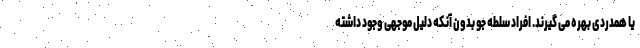
یا همدردی بهره می گیرند. افراد سلطه جو بدون آنکه دلیل موجهی وجود داشته